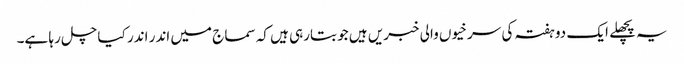
یہ پچھلے ایک دو ہفتہ کی سرخیوں والی خبریں ہیں جو بتارہی ہیں کہ سماج میں اندر اندر کیا چل رہا ہے۔